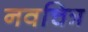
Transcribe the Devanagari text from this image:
नवचित्र